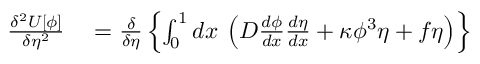
\begin{array} { r l } { \frac { \delta ^ { 2 } U [ \phi ] } { \delta \eta ^ { 2 } } } & { { } = \frac { \delta } { \delta \eta } \left\{ \int _ { 0 } ^ { 1 } d x \: \left( D \frac { d \phi } { d x } \frac { d \eta } { d x } + \kappa \phi ^ { 3 } \eta + f \eta \right) \right\} } \end{array}